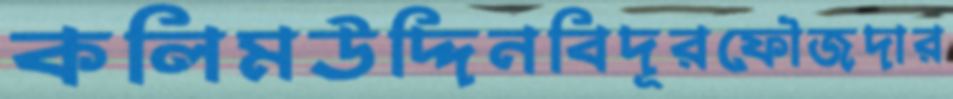
কলিমউদ্দিনবিদূরফৌজদার